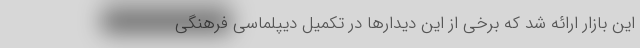
این بازار ارائه شد که برخی از این دیدارها در تکمیل دیپلماسی فرهنگی